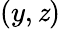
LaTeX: (y,\mathit{z})